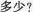
多少？